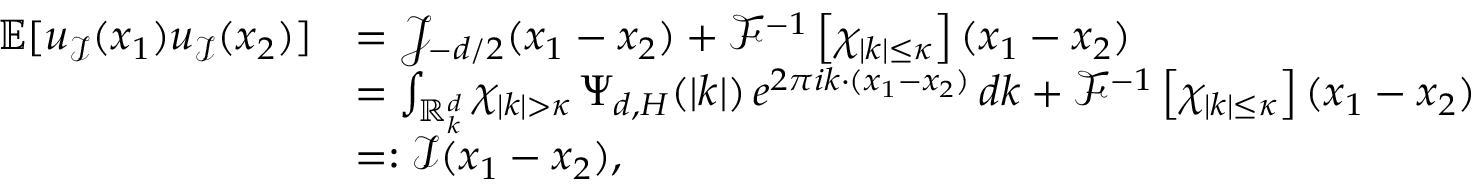
\begin{array} { r l } { \mathbb { E } [ u _ { \mathcal { I } } ( x _ { 1 } ) u _ { \mathcal { I } } ( x _ { 2 } ) ] } & { = \mathcal { J } _ { - d / 2 } ( x _ { 1 } - x _ { 2 } ) + \mathcal { F } ^ { - 1 } \left[ \chi _ { | k | \leq \kappa } \right] ( x _ { 1 } - x _ { 2 } ) } \\ & { = \int _ { \mathbb R _ { k } ^ { d } } \chi _ { | k | > \kappa } \, \Psi _ { d , H } ( | k | ) \, e ^ { 2 \pi i k \cdot ( x _ { 1 } - x _ { 2 } ) } \, d k + \mathcal { F } ^ { - 1 } \left[ \chi _ { | k | \leq \kappa } \right] ( x _ { 1 } - x _ { 2 } ) } \\ & { = : \mathcal { I } ( x _ { 1 } - x _ { 2 } ) , } \end{array}